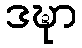
ဒဍ္ဎာ